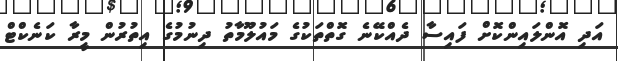
އަދި އޮންލައިންކޮށް ފައިސާ ދެއްކޭނެ ގޮތްތަކުގެ މައުލޫމާތު ދިނުމުގެ އިތުރުން މީރާ ކަނެކްޓް